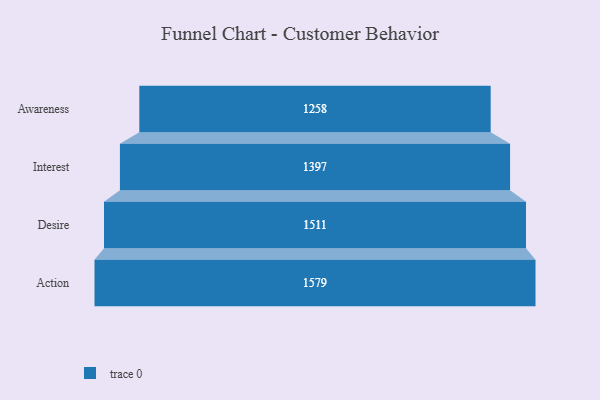
{"axis": {"x": "Stage", "y": "Value"}, "legend": [""], "data": [{"x": "Awareness", "y": 1258.0, "type": ""}, {"x": "Interest", "y": 1397.0, "type": ""}, {"x": "Desire", "y": 1511.0, "type": ""}, {"x": "Action", "y": 1579.0, "type": ""}]}